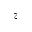
z